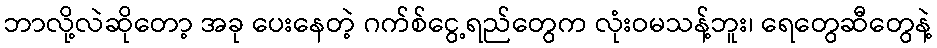
ဘာလို့လဲဆိုတော့ အခု ပေးနေတဲ့ ဂက်စ်ငွေ့ရည်တွေက လုံးဝမသန့်ဘူး၊ ရေတွေဆီတွေနဲ့